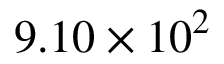
9 . 1 0 \times 1 0 ^ { 2 }